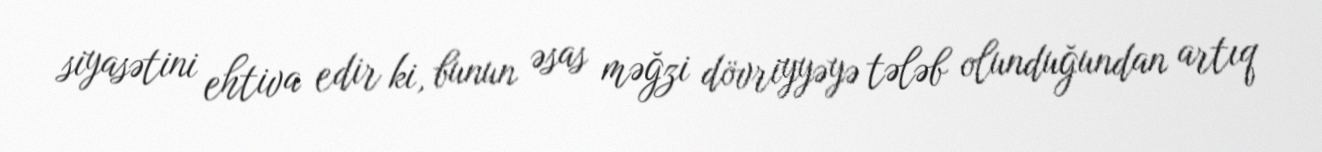
siyasətini ehtiva edir ki, bunun əsas məğzi dövriyyəyə tələb olunduğundan artıq